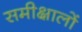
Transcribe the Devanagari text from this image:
समीक्षालों